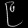
Digit: ၉